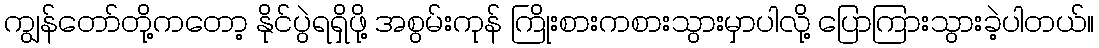
ကျွန်တော်တို့ကတော့ နိုင်ပွဲရရှိဖို့ အစွမ်းကုန် ကြိုးစားကစားသွားမှာပါလို့ ပြောကြားသွားခဲ့ပါတယ်။